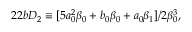
2 2 b D _ { 2 } \equiv [ 5 a _ { 0 } ^ { 2 } \beta _ { 0 } + b _ { 0 } \beta _ { 0 } + a _ { 0 } \beta _ { 1 } ] / 2 \beta _ { 0 } ^ { 3 } ,